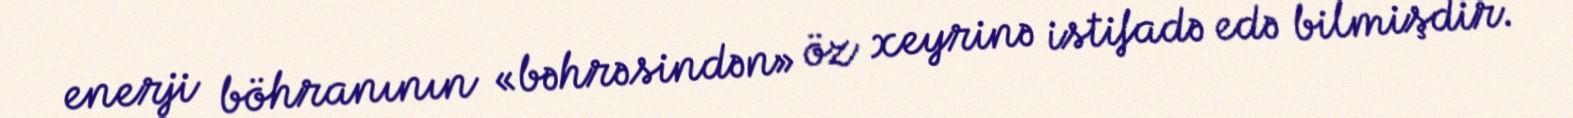
enerji böhranının «bəhrəsindən» öz xeyrinə istifadə edə bilmişdir.